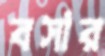
বসার